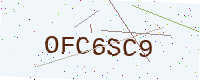
Text: OFC6SC9